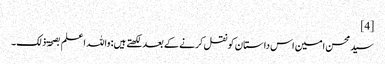
[4]
سید محسن امین اس داستان کو نقل کرنے کے بعد لکھتے ہیں: واللہ اعلم بصحۃ ذلک۔